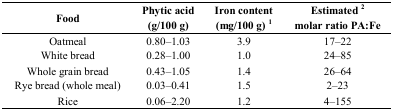
<table><thead><tr><td><b>Food</b></td><td><b>Phytic acid (g/100 g)</b></td><td><b>Iron content (mg/100 g) <sup>1</sup></b></td><td><b>Estimated <sup>2</sup> molar ratio PA:Fe</b></td></tr></thead><tbody><tr><td>Oatmeal</td><td>0.80–1.03</td><td>3.9</td><td>17–22</td></tr><tr><td>White bread</td><td>0.28–1.00</td><td>1.0</td><td>24–85</td></tr><tr><td>Whole grain bread</td><td>0.43–1.05</td><td>1.4</td><td>26–64</td></tr><tr><td>Rye bread (whole meal)</td><td>0.03–0.41</td><td>1.5</td><td>2–23</td></tr><tr><td>Rice</td><td>0.06–2.20</td><td>1.2</td><td>4–155</td></tr></tbody></table>